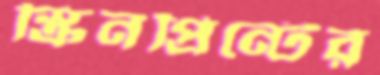
স্ক্রিনপ্রিন্টের